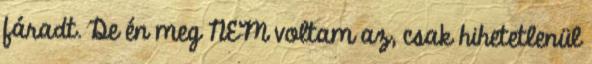
fáradt. De én meg NEM voltam az, csak hihetetlenül